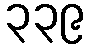
၃၃၉